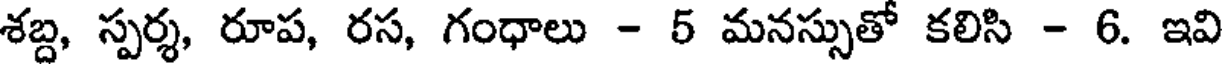
శబ్ద, స్పర్శ, రూప, రస, గంధాలు - 5 మనస్సుతో కలిసి - 6. ఇవి